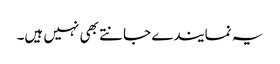
یہ نمایندے جانتے بھی نہیں ہیں۔